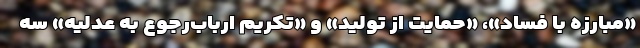
«مبارزه با فساد»، «حمایت از تولید» و «تکریم ارباب‌رجوع به عدلیه» سه